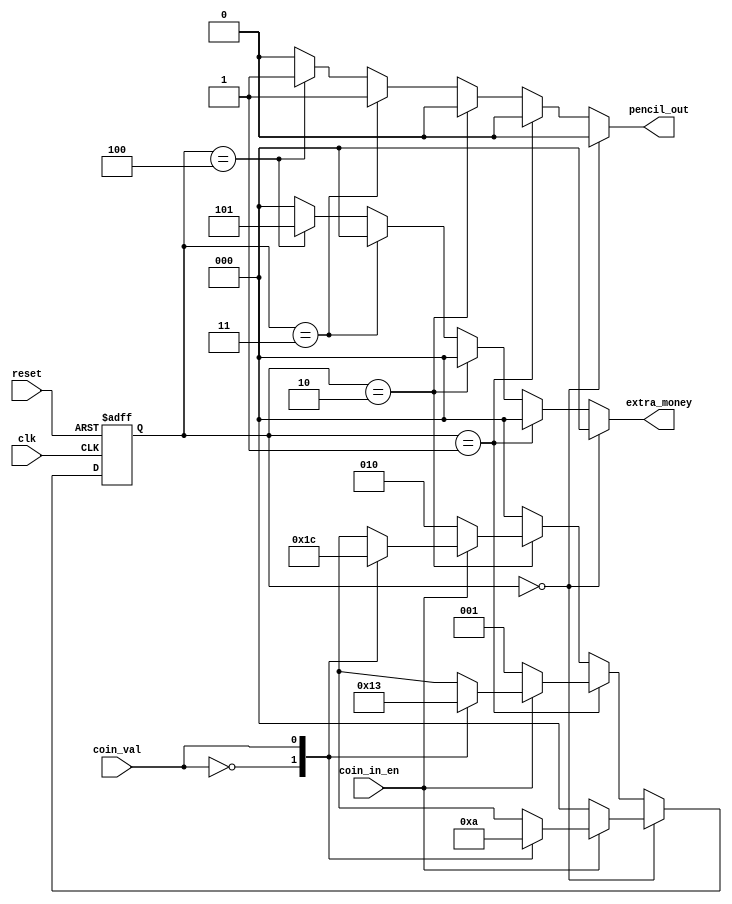
`timescale 1ns / 1ps

//Assumption for coins combinations are: user will enter 3*5 cents (no money remaining)
// user will enter 2*10 cents(5 cent remaining)
// user will enter 1*5 cents and 1* 10 cents (no money remaining)


//coin_in_en: enable, active high, 1, when user enters coin
//coin_val: when 0 user enters 5 cent, when 1 user enters 10 cent
//pencil_out: when 1 pencil will be out from the vending machine
//extra_money: when 1 pencil will return 5 cent for the user as remaining money

module vending_machine(input clk, reset, coin_in_en, coin_val, output reg pencil_out,output reg [2:0] extra_money

    );
    reg [2:0] state ,nextstate;
    wire [2:0] idle = 0;
    wire [2:0] five = 1;
    wire [2:0] ten = 2;
    wire [2:0] fifteen = 3;
    wire [2:0] twenty = 4;
    
    always@(posedge clk or posedge reset)
    begin
    if(reset) 
    state = idle;
    else 
    state=nextstate;
    end
    
    always@(*)
    begin
    case(state)
    
    
    idle: begin
    pencil_out = 0;
    extra_money = 0;
    if(coin_in_en)
    case(coin_val)
    0: nextstate = five;
    1: nextstate = ten;
    default: nextstate=idle;
    endcase
    else nextstate = idle;
    end
    
    five: begin
        pencil_out = 0;
        extra_money = 0;
        if(coin_in_en)
        case(coin_val)
        0: nextstate = ten;
        1: nextstate = fifteen;
        default: nextstate=five;
        endcase
        else nextstate = five;
        end
        
     ten: begin
            pencil_out = 0;
            extra_money = 0;
            if(coin_in_en)
            case(coin_val)
            0: nextstate = fifteen;
            1: nextstate = twenty;
            default: nextstate=ten;
            endcase
            else nextstate = ten;
            end
            
      fifteen: begin
                pencil_out = 1;
                extra_money = 0;
                nextstate = idle;
                end
   twenty: begin
                                pencil_out = 1;
                                extra_money = 5;
                                nextstate = idle;
                                end
    default: begin
    pencil_out=0;
    extra_money=0;
    nextstate=idle;
    
    end
    
    endcase
    end
    
    
endmodule